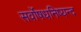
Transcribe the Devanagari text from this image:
सर्वोषधनिष्यन्द